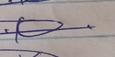
Signature authenticity: genuine